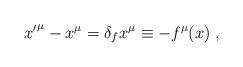
LaTeX: \begin{align*}{x'}^\mu - x^\mu = \delta_f x^\mu \equiv -f^\mu (x) \;,\end{align*}